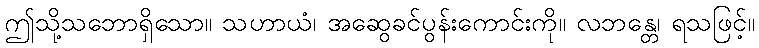
ဤသို့သဘောရှိသော။ သဟာယံ၊ အဆွေခင်ပွန်းကောင်းကို။ လဘန္တေ၊ ရသဖြင့်။